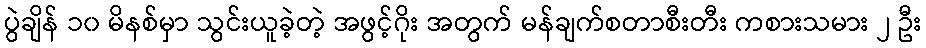
ပွဲချိန် ၁၀ မိနစ်မှာ သွင်းယူခဲ့တဲ့ အဖွင့်ဂိုး အတွက် မန်ချက်စတာစီးတီး ကစားသမား ၂ ဦး